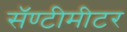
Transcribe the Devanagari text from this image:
सॅण्टीमीटर